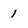
Character: l